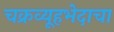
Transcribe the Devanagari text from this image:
चक्रव्यूहभेदाचा